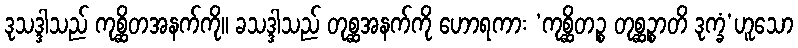
ဒုသဒ္ဒါသည် ကုစ္ဆိတအနက်ကို။ ခသဒ္ဒါသည် တုစ္ဆအနက်ကို ဟောရကား ‘ကုစ္ဆိတဉ္စ တုစ္ဆဉ္စာတိ ဒုက္ခံ’ဟူသော